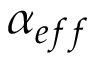
\alpha _ { e f f }